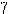
7